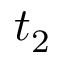
t _ { 2 }